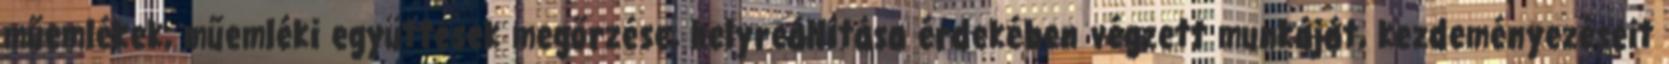
műemlékek, műemléki együttesek megőrzése, helyreállítása érdekében végzett munkáját, kezdeményezéseit